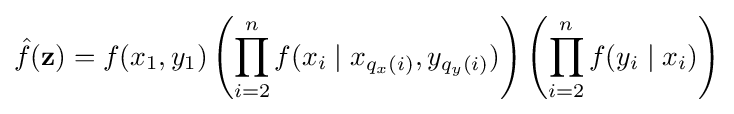
{\hat {f}}(\mathbf {z} )=f(x_{1},y_{1})\left(\prod _{i=2}^{n}f(x_{i}\mid x_{q_{x}(i)},y_{q_{y}(i)})\right)\left(\prod _{i=2}^{n}f(y_{i}\mid x_{i})\right)